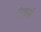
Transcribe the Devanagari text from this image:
रिकर्स